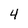
Character: 4